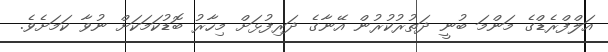
އަލްފްރެޑްގެ މަންމަ ބުނީ ދަތުރުކުރުން އޭނާގެ ދަރިފުޅަށް މިހާރު ބޮޑުކަމަކަށް ނުވާ ކަމަށެވެ.